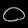
Digit: ၀